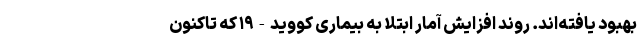
بهبود یافته‌اند. روند افزایش آمار ابتلا به بیماری کووید-۱۹ که تاکنون